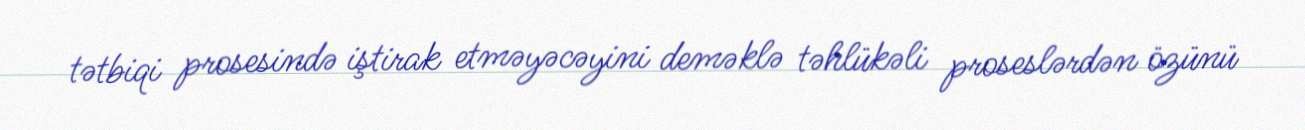
tətbiqi prosesində iştirak etməyəcəyini deməklə təhlükəli proseslərdən özünü